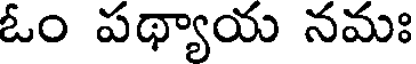
ఓం పథ్యాయ నమః